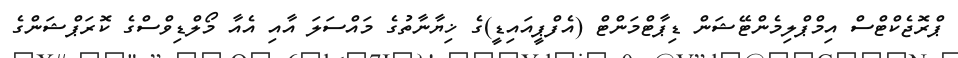
ޕްރޮޖެކްޓްސް އިމްޕްލިމެންޓޭޝަން ޑިޕާޓްމަންޓް (އެފްޕީއައިޑީ)ގެ ޚިޔާނާތުގެ މައްސަލަ އާއި އެއާ މޯލްޑިވްސްގެ ކޮރަޕްޝަންގެ